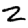
Digit: 2